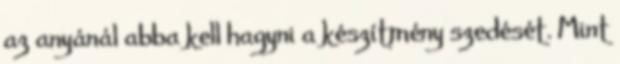
az anyánál abba kell hagyni a készítmény szedését. Mint